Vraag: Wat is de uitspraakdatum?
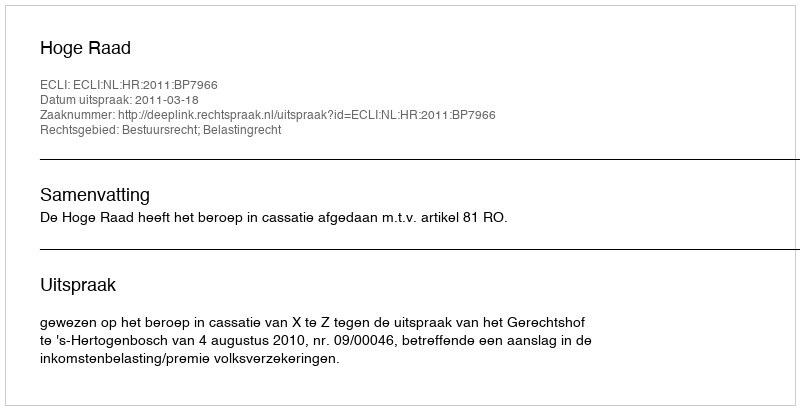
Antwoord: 2011-03-18